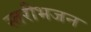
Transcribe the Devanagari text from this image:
स्तरीभजन